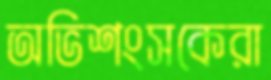
অভিশংসকেরা